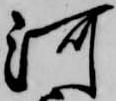
河